On the standardisation of anti-typhoid vaccine - Number 21
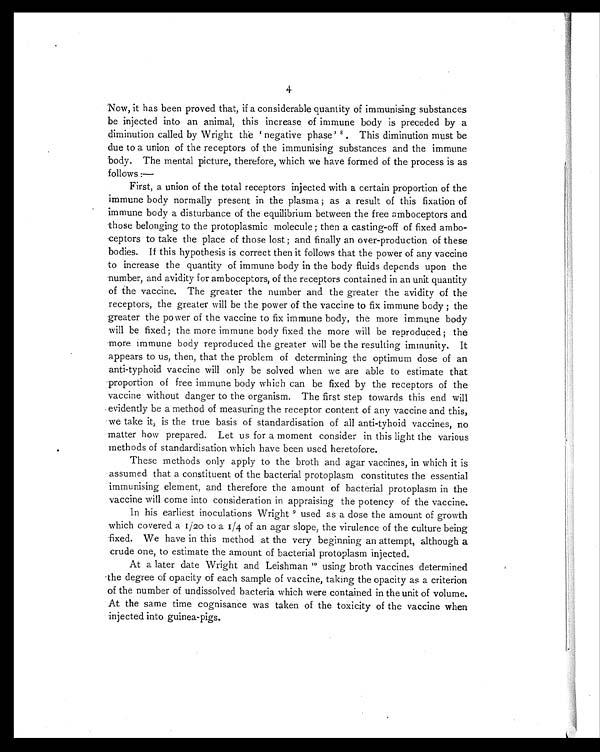
4
Now, it has been proved that, if a considerable quantity of immunising substances
be injected into an animal, this increase of immune body is preceded by a
diminution called by Wright the ' negative phase' 8. This diminution must be
due to a union of the receptors of the immunising substances and the immune
body. The mental picture, therefore, which we have formed of the process is as
follows :
—
First, a union of the total receptors injected with a certain proportion of the
immune body normally present in the plasma ; as a result of this fixation of
immune body a disturbance of the equilibrium between the free amboceptors and
those belonging to the protoplasmic molecule ; then a casting-off of fixed ambo-
ceptors to take the place of those lost ; and finally an over-production of these
bodies. If this hypothesis is correct then it follows that the power of any vaccine
to increase the quantity of immune body in the body fluids depends upon the
number, and avidity for amboceptors, of the receptors contained in an unit quantity
of the vaccine. The greater the number and the greater the avidity of the
receptors, the greater will be the power of the vaccine to fix immune body ; the
greater the power of the vaccine to fix immune body, the more immune body
will be fixed ; the more immune body fixed the more will be reproduced ; the
more immune body reproduced the greater will be the resulting immunity. It
appears to us, then, that the problem of determining the optimum dose of an
anti-typhoid vaccine will only be solved when we are able to estimate that
proportion of free immune body which can be fixed by the receptors of the
vaccine without danger to the organism. The first step towards this end will
evidently be a method of measuring the receptor content of any vaccine and this,
we take it, is the true basis of standardisation of all anti-tyhoid vaccines, no
matter how prepared. Let us for a moment consider in this light the various
methods of standardisation which have been used heretofore.
These methods only apply to the broth and agar vaccines, in which it is
assumed that a constituent of the bacterial protoplasm constitutes the essential
immunising element, and therefore the amount of bacterial protoplasm in the
vaccine will come into consideration in appraising the potency of the vaccine.
In his earliest inoculations Wright 9 used as a dose the amount of growth
which covered a 1/20 to a 1/4 of an agar slope, the virulence of the culture being
fixed. We have in this method at the very beginning an attempt, although a
crude one, to estimate the amount of bacterial protoplasm injected.
At a later date Wright and Leishman 10using broth vaccines determined
the degree of opacity of each sample of vaccine, taking the opacity as a criterion
of the number of undissolved bacteria which were contained in the unit of volume.
At the same time cognisance was taken of the toxicity of the vaccine when
injected into guinea-pigs.